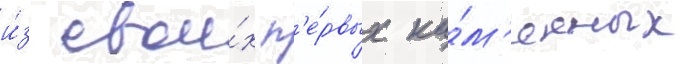
и́з свои́х п'е́рвых ка́м'енных